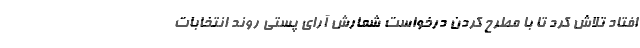
افتاد تلاش کرد تا با مطرح کردن درخواست شمارش آرای پستی روند انتخابات